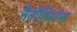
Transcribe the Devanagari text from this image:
नैनोसिस्टम्स